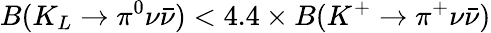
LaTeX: B(K_{L}\to\pi^{0}\nu\bar{\nu})<4.4\times B(K^{+}\to\pi^{+}\nu\bar{\nu})